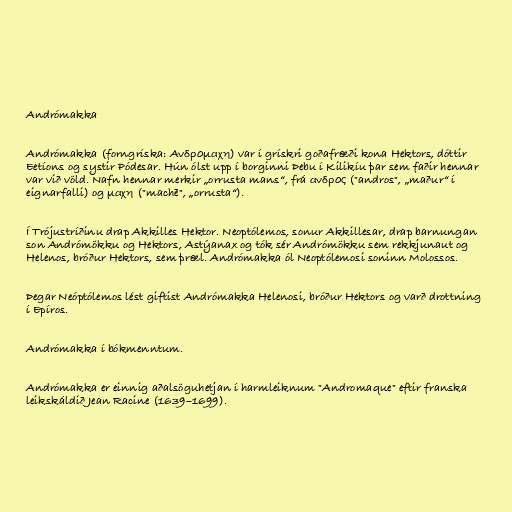
Andrómakka

Andrómakka (forngríska: Ανδρομαχη) var í grískri goðafræði kona Hektors, dóttir
Eetíons og systir Pódesar. Hún ólst upp í borginni Þebu í Kilikíu þar sem faðir hennar
var við völd. Nafn hennar merkir „orrusta mans“, frá ανδρος ("andros", „maður“ í
eignarfalli) og μαχη ("machē", „orrusta“).

Í Trójustríðinu drap Akkilles Hektor. Neoptólemos, sonur Akkillesar, drap barnungan
son Andrómökku og Hektors, Astýanax og tók sér Andrómökku sem rekkjunaut og
Helenos, bróður Hektors, sem þræl. Andrómakka ól Neoptólemosi soninn Molossos.

Þegar Neóptólemos lést giftist Andrómakka Helenosi, bróður Hektors og varð drottning
í Epíros.

Andrómakka í bókmenntum.

Andrómakka er einnig aðalsöguhetjan í harmleiknum "Andromaque" eftir franska
leikskáldið Jean Racine (1639–1699).